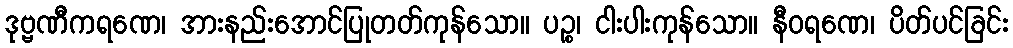
ဒုဗ္ဗဏီကရဏေ၊ အားနည်းအောင်ပြုတတ်ကုန်သော။ ပဉ္စ၊ ငါးပါးကုန်သော။ နီဝရဏေ၊ ပိတ်ပင်ခြင်း